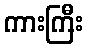
ကားကြီး